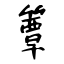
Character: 簟